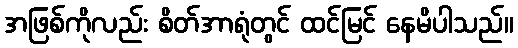
အဖြစ်ကိုလည်း စိတ်အာရုံတွင် ထင်မြင် နေမိပါသည်။